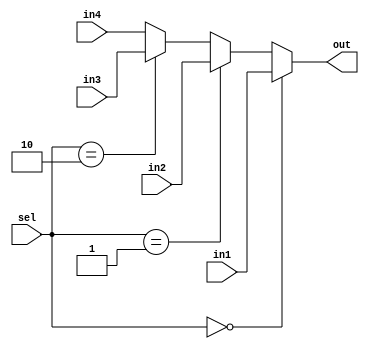
module mux4to1(sel,in1,in2,in3,in4,out);
input [1:0] sel;
input [31:0] in1,in2,in3,in4;
output reg [31:0] out;
always @ (*) begin
	if(sel == 2'b00) out <= in1;
	else if(sel == 2'b01) out <= in2;
	else if(sel == 2'b10) out <= in3;
	else out <= in4;
end
//assign out = sel == 2'd0 ? in1 : sel == 2'd1 ? in2 : sel == 2'd2 ? in3 : sel == 2'd3 ? in4 : out;
endmodule